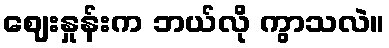
ဈေးနှုန်းက ဘယ်လို ကွာသလဲ။